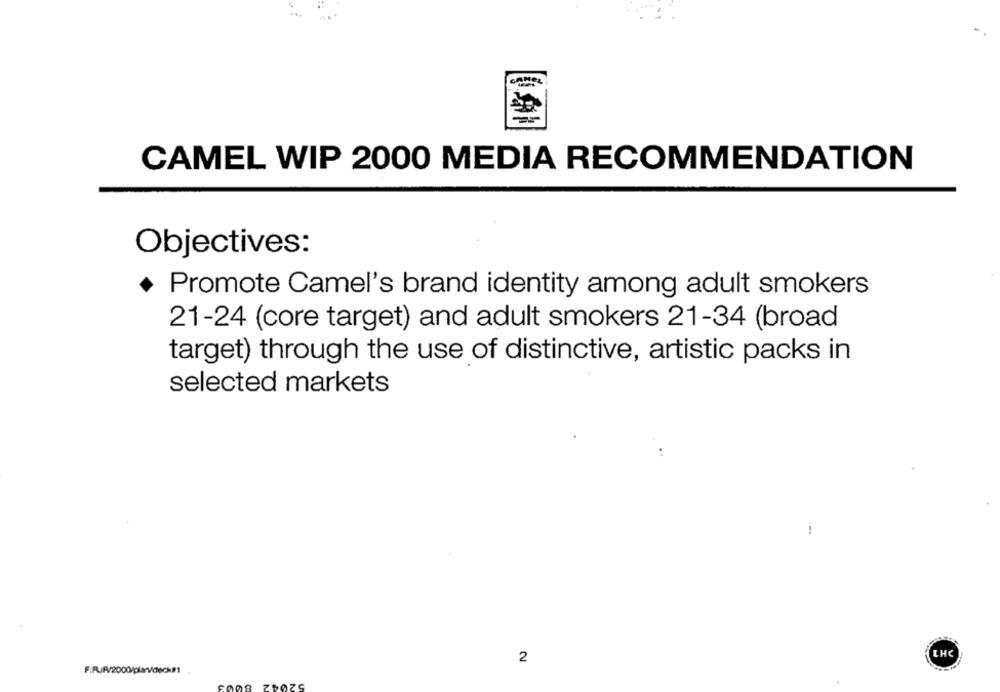
CAMEL WIP 2000 MEDIA RECOMMENDATION
Objectives:
Promote Camel's brand identity among adult smokers
21-24 (core target) and adult smokers 21-34 (broad
target) through the use of distinctive, artistic packs in
selected markets
LHC
2
F:R/R/2000/plar/deck01.